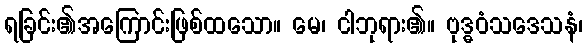
ရခြင်း၏အကြောင်းဖြစ်ထသော။ မေ၊ ငါဘုရား၏။ ဗုဒ္ဓဝံသဒေသနံ၊